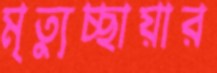
মৃত্যুচ্ছায়ার